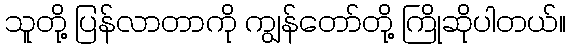
သူတို့ ပြန်လာတာကို ကျွန်တော်တို့ ကြိုဆိုပါတယ်။